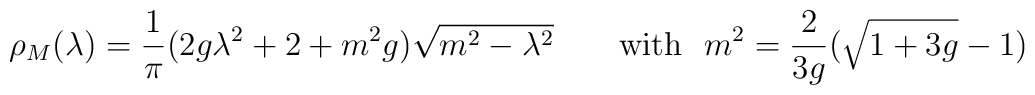
\rho_{M} (\lambda ) = \frac{1}{\pi } (2g\lambda^{2} + 2 + m^2 g)\sqrt{m^2 -\lambda^{2} } \ \ \ \ \ \ \mbox{with} \ \ m^2 = \frac{2}{3g} (\sqrt{1+3g} -1)